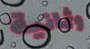
وثمانية